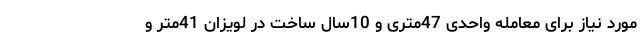
مورد نیاز برای معامله واحدی 47متری و 10سال ساخت در لویزان 41متر و